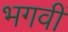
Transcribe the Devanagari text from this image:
भगवीं